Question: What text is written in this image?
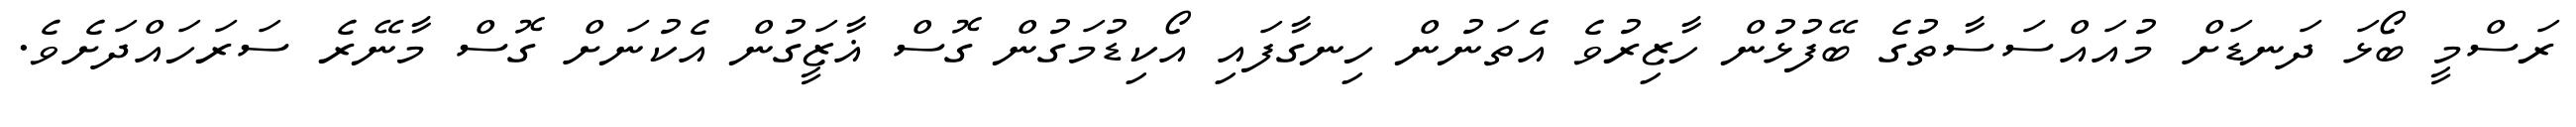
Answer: ރަސްމީ ބޯޅަ ދަނޑަށް މުއައްސަސާތުގެ ބޭފުޅުން ހާޒިރުވެ އެތަނުން ހިނގާފައި އޯކިޑުމަގުން ގޮސް ޣާޒީަގުން އެކުނަށް ގޮސް މާނޭރެ ސަރަހައްދަށެވެ.